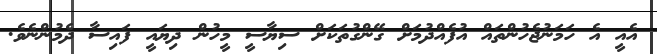
އެއީ އެ ހަމަނުޖެހުންތައް އުފެއްދުމަށް ގޭންގުތަކަށް ސިޔާސީ މީހުން ދިޔައީ ފައިސާ ދެމުންނެވެ.